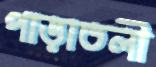
পাড়াতলী